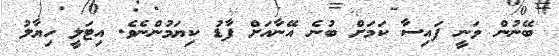
ބޭނުން ވަނީ ފައިސާ ކަމަށް ބުނެ އޭނާއަށް ފާޑު ކިޔަމުންނެވެ. އިޓަލީ ހިޔާލު